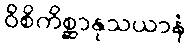
ဝိစိကိစ္ဆာနုသယာနံ